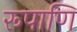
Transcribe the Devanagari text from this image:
रूपाणि